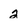
Character: 2